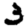
Digit: 3